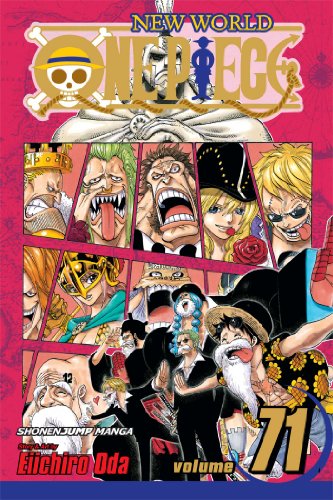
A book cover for One Piece, Vol. 71; Eiichiro Oda; Comics & Graphic Novels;